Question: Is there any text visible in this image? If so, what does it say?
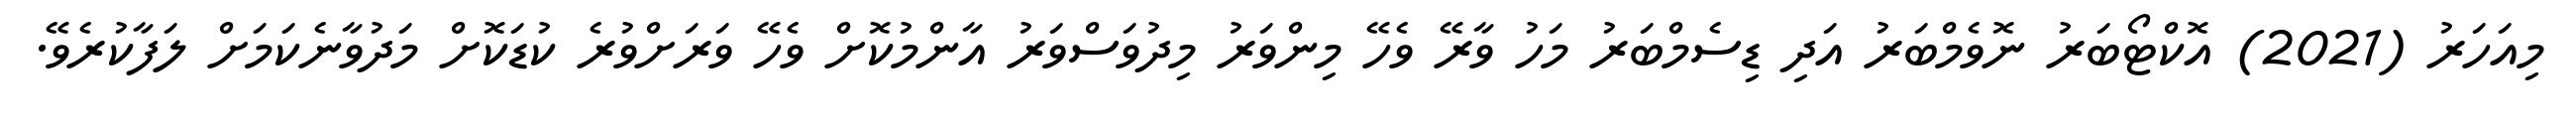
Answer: މިއަހަރު (2021) އޮކްޓޯބަރު ނޮވެމްބަރު އަދި ޑިސެމްބަރު މަހު ވާރޭ ވެހޭ މިންވަރު މިދުވަސްވަރު އާންމުކޮށް ވެހޭ ވަރަށްވުރެ ކުޑަކޮށް މަދުވާނެކަމަށް ލަފާކުރެވޭ.